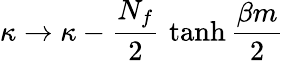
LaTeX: \kappa\rightarrow\kappa-{\frac{N_{f}}{2}}\, \operatorname{tanh}{\frac{\beta m}{2}}